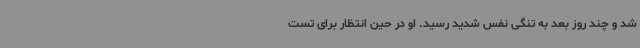
شد و چند روز بعد به تنگی نفس شدید رسید. او در حین انتظار برای تست